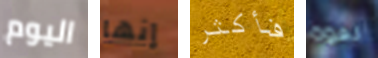
اليوم إنها فأكثر لقوة